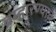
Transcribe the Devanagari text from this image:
ब्रम्हारण्यात